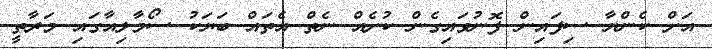
އަށް ކެންޔާ ސިފައިން ފޮނުވައިގެން ކުށެއް ނެތް އެތައް ބަޔަކު ސޯމާލިއާގައި މަރާތީ